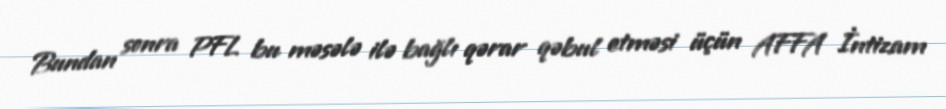
Bundan sonra PFL bu məsələ ilə bağlı qərar qəbul etməsi üçün AFFA İntizam